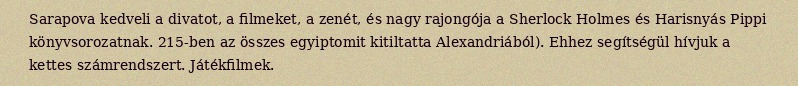
Sarapova kedveli a divatot, a filmeket, a zenét, és nagy rajongója a Sherlock Holmes és Harisnyás Pippi könyvsorozatnak. 215-ben az összes egyiptomit kitiltatta Alexandriából). Ehhez segítségül hívjuk a kettes számrendszert. Játékfilmek.